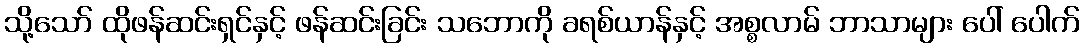
သို့သော် ထိုဖန်ဆင်းရှင်နှင့် ဖန်ဆင်းခြင်း သဘောကို ခရစ်ယာန်နှင့် အစ္စလာမ် ဘာသာများ ပေါ် ပေါက်